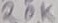
Text: 20K